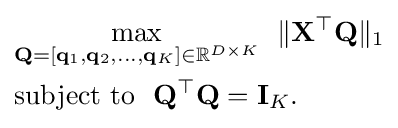
{\begin{aligned}&{\underset {\mathbf {Q} =[\mathbf {q} _{1},\mathbf {q} _{2},\ldots ,\mathbf {q} _{K}]\in \mathbb {R} ^{D\times K}}{\max }}~~\|\mathbf {X} ^{\top }\mathbf {Q} \|_{1}\\&{\text{subject to}}~~\mathbf {Q} ^{\top }\mathbf {Q} =\mathbf {I} _{K}.\end{aligned}}